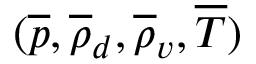
( \overline { { p } } , \overline { { \rho } } _ { d } , \overline { { \rho } } _ { v } , \overline { { T } } )